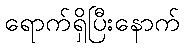
ရောက်ရှိပြီးနောက်